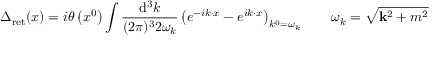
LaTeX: \Delta _ { \mathrm { r e t } } ( x ) = i \theta \left( x ^ { 0 } \right) \int { \frac { \mathrm { d } ^ { 3 } k } { ( 2 \pi ) ^ { 3 } 2 \omega _ { k } } } \left( e ^ { - i k \cdot x } - e ^ { i k \cdot x } \right) _ { k ^ { 0 } = \omega _ { k } } \qquad \omega _ { k } = { \sqrt { \mathbf { k } ^ { 2 } + m ^ { 2 } } }